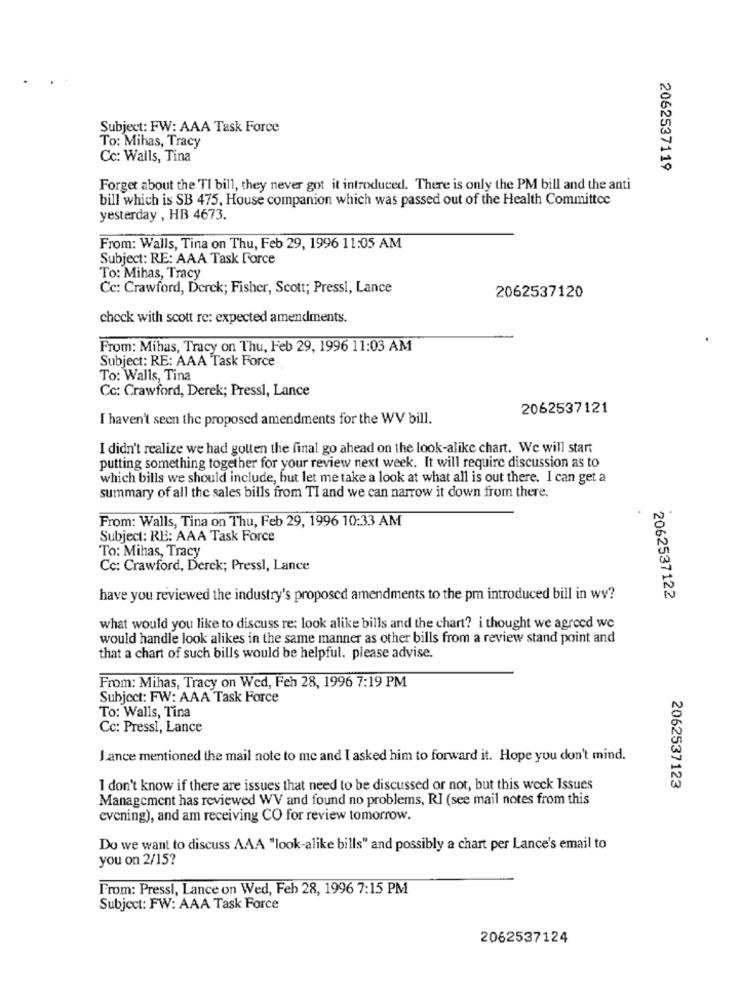
Subject: FW: AAA Task Force
To: Mihas, Tracy
Cc: Walls, Tina
2062537119
Forget about the TI bill, they never got it introduced. There is only the PM bill and the anti
bill which is SB 475, House companion which was passed out of the Health Committee
yesterday , HB 4673.
From: Walls, Tina on Thu, Feb 29, 1996 11:05 AM
Subject: RE: AAA Task Force
To: Mihas, Tracy
Cc: Crawford, Derek; Fisher, Scott; Pressl, Lance
2062537120
check with scott re: expected amendments.
From: Mihas, Tracy on Thu, Feb 29, 1996 11:03 AM
Subject: RE: AAA Task Force
To: Walls, Tina
Cc: Crawford, Derek; Pressl, Lance
2062537121
I haven't seen the proposed amendments for the WV bill.
I didn't realize we had gotten the final go ahead on the look-alike chart. We will start
putting something together for your review next week. It will require discussion as to
which bills we should include, but let me take a look at what all is out there. I can get a
summary of all the sales bills from TI and we can narrow it down from there.
From: Walls, Tina on Thu, Feb 29, 1996 10:33 AM
Subject: RE: AAA Task Force
To: Mihas, Tracy
Cc: Crawford, Derck; Pressl, Lance
have you reviewed the industry's proposed amendments to the pm introduced bill in wv?
2062537122
what would you like to discuss re: look alike bills and the chart? i thought we agreed we
would handle look alikes in the same manner as other bills from a review stand point and
that a chart of such bills would be helpful. please advise.
From: Mihas, Tracy on Wed, Fen 28, 1996 7:19 PM
Subject: FW: AAA Task Force
To: Walls, Tina
Cc: Pressi, Lance
Lance mentioned the mail note to me and I asked him to forward it. Hope you don't mind.
I don't know if there are issues that need to be discussed or not, but this week Issues
2062537123
Management has reviewed WV and found no problems, RI (see mail notes from this
evening), and am receiving CO for review tomorrow.
Do we want to discuss AAA "look-alike bills" and possibly a chart per Lance's email to
you on 2/15?
From: Pressl, Lance on Wed, Feb 28, 1996 7:15 PM
Subject: FW: AAA Task Force
2062537124